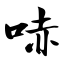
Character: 哧